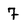
Character: 7